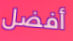
أفضل